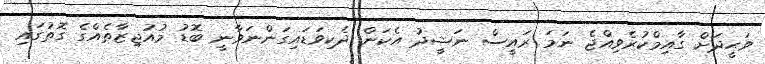
ވަޙީދަށް ގާއިމްކުރެވިއްޖެ ނަމަ ރައީސް ނަޝީދު އެކަން ދެކިވަޑައިގަންނަވާނީ ބޮޑު މުއުޖިޒާތެއްގެ ގޮތުގައި